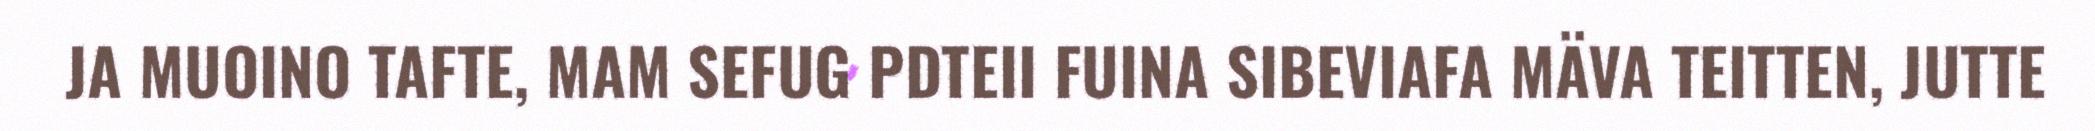
JA MUOINO TAFTE, MAM SEFUG PDTEII FUINA SIBEVIAFA MÄVA TEITTEN, JUTTE